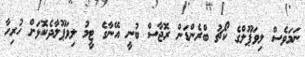
ނަމަވެސް ލިވަޕޫލްގެ ކޯޗު ބްރެންޑަން ރޮޖާސް ބުނީ އޭނާގެ ޓީމު ލިވަޕޫލާދެކޮޅަށް ހުރިހާ